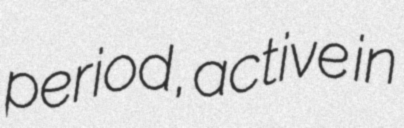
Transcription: period, active in